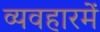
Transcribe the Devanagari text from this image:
व्यवहारमें